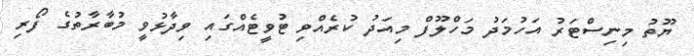
ޔޫތު މިނިސްޓަރު އަހުމަދު މަހްލޫފް މިއަދު ކުރެއްވި ޓުވީޓެއްގައި ވިދާޅުވީ މުބާރާތުގެ ފޯރި